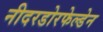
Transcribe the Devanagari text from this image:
नीदरडोरफेल्डेन